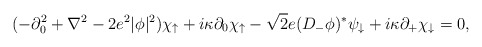
\begin{align*}(-\partial_0^2 +\nabla^2 -2e^2|\phi|^2) \chi_\uparrow+i\kappa\partial_0 \chi_\uparrow - \sqrt{2}e (D_-\phi)^*\psi_\downarrow+i\kappa\partial_+ \chi_\downarrow = 0, \end{align*}